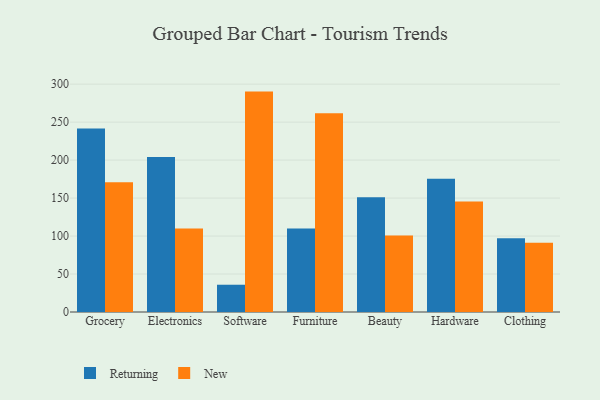
{"axis": {"x": "Category", "y": "Backlog"}, "legend": ["New", "Returning"], "data": [{"x": "Grocery", "y": 241.7, "type": "Returning"}, {"x": "Grocery", "y": 171.0, "type": "New"}, {"x": "Electronics", "y": 204.0, "type": "Returning"}, {"x": "Electronics", "y": 110.0, "type": "New"}, {"x": "Software", "y": 35.9, "type": "Returning"}, {"x": "Software", "y": 290.2, "type": "New"}, {"x": "Furniture", "y": 109.8, "type": "Returning"}, {"x": "Furniture", "y": 261.6, "type": "New"}, {"x": "Beauty", "y": 151.2, "type": "Returning"}, {"x": "Beauty", "y": 100.8, "type": "New"}, {"x": "Hardware", "y": 175.3, "type": "Returning"}, {"x": "Hardware", "y": 145.4, "type": "New"}, {"x": "Clothing", "y": 97.1, "type": "Returning"}, {"x": "Clothing", "y": 91.3, "type": "New"}]}